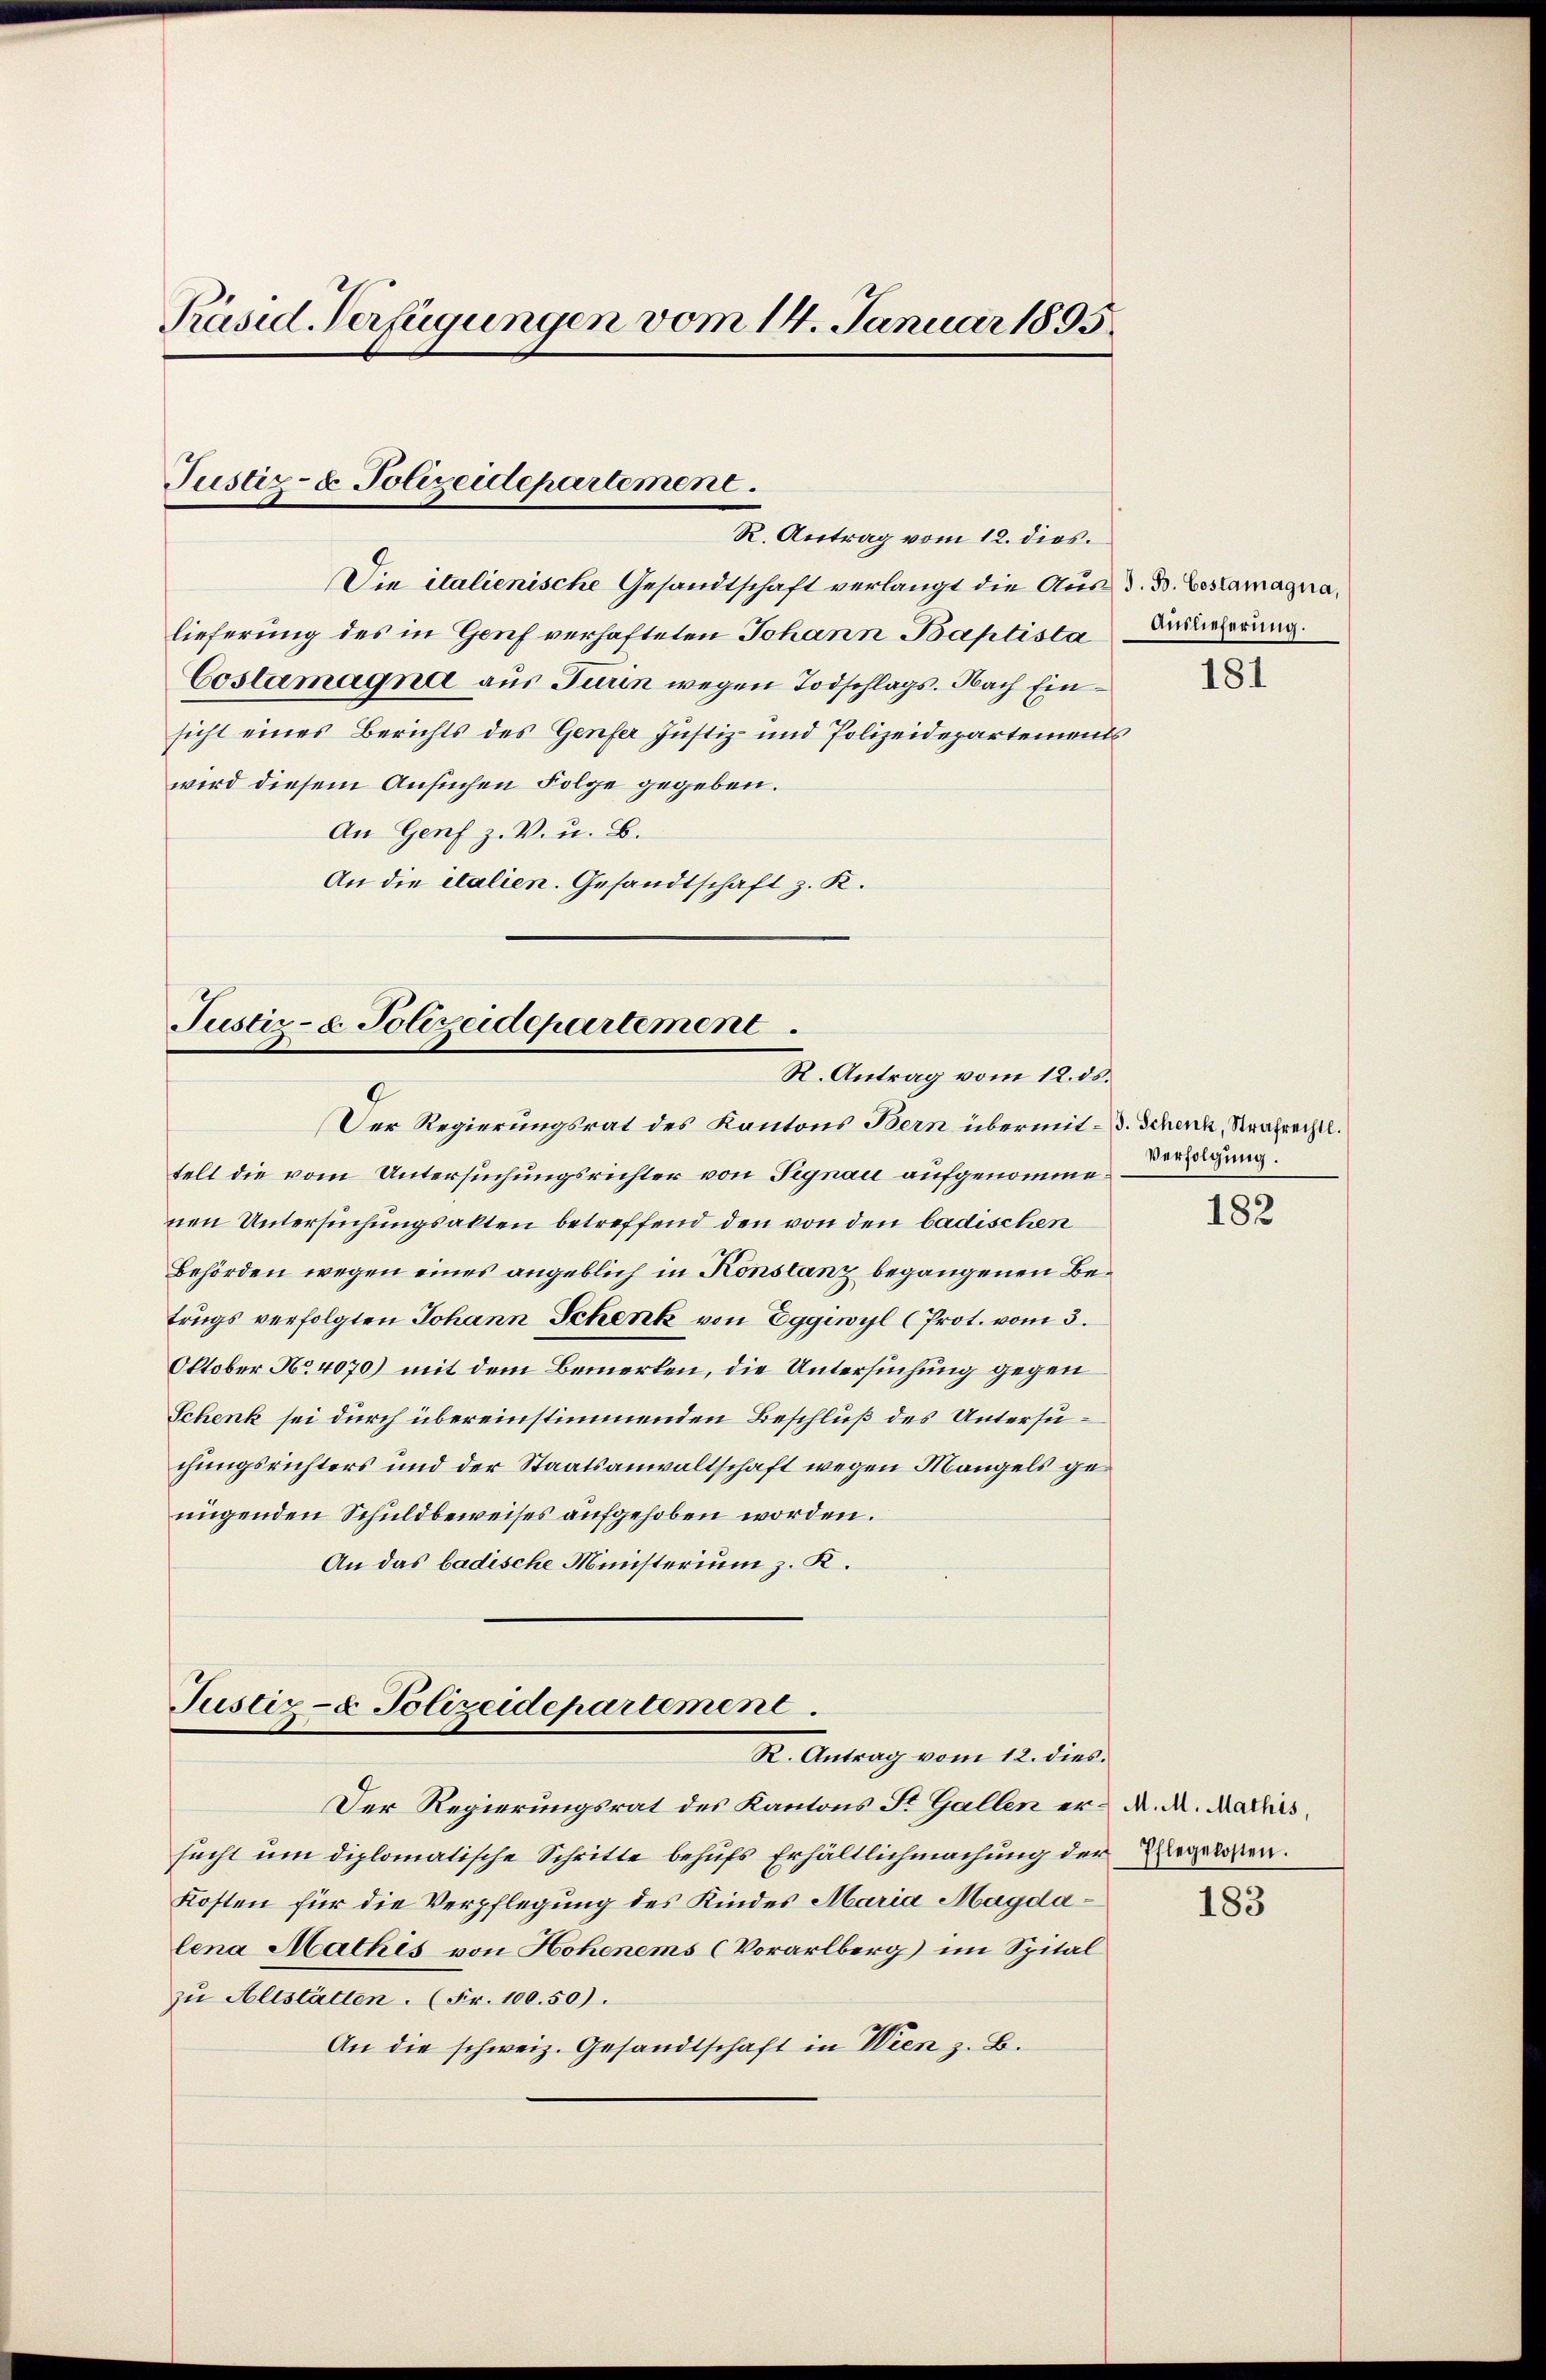
Präsid. Verfügungen vom 14. Januar 1895

Justiz- & Polizeidepartement.
R. Antrag vom 12. dies.

Die italienische Gesandtschaft verlangt die Aus d. B. Bestamagnalieferung des in Genf verhafteten Johann Baptista
Costamagna aus Turin wegen Todschlags. Nach Einsicht eines Berichts des Genfer Justiz- und Polizeidepartements
wird diesem Ansuchen Folge gegeben.
An Genf z. V. u. B.
An die italien. Gesandtschaft z. K.

Justiz- & Polizeidepartement
R. Antrag vom 12. ds.
9
Der Regierungsrat des Kantons Bern übermit d. Schenk, Strafrechtl.

Justiz- & Polizeidepartement.
R. Antrag vom 12. dies.

telt die vom Untersuchungsrichter von Signau aufgenommenen Untersuchungsakten betreffend den von den badischen
Behörden wegen eines angeblich in Konstanz begangenen Betrugs verfolgten Johann Schenk von Eggiwyl (Prot. vom 3.
Oktober No. 4070) mit dem Bemerken, die Untersuchung gegen
Schenk sei durch übereinstimmenden Beschluß des Untersuchungsrichters und der Staatsanwaltschaft wegen Mangels genügenden Schuldbeweises aufgehoben worden.
An das badische Ministerium z. K.

Der Regierungsrat des Kantons St. Gallen er A. M. Mathis,
sucht um diplomatische Schritte behufs Erhältlichmachung der Regelten.
Kosten für die Verpflegung des Kindes Maria Magdalena Mathis von Hohenems (Vorarlberg) im Spital
zu Altstätten. (Fr. 100.50).
An die schweiz. Gesandtschaft in Wien z. B.

Auslieferung.

181

Verfolgung:

182

183